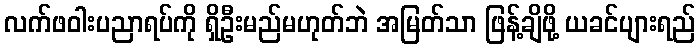
လက်ဖဝါးပညာရပ်ကို ရှိဦးမည်မဟုတ်ဘဲ အမြတ်သာ ဖြန့်ချိဖို့ ယခင်ပျားရည်